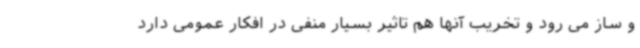
و ساز می رود و تخریب آنها هم تاثیر بسیار منفی در افکار عمومی دارد